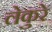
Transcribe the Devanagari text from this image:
लेकुरे